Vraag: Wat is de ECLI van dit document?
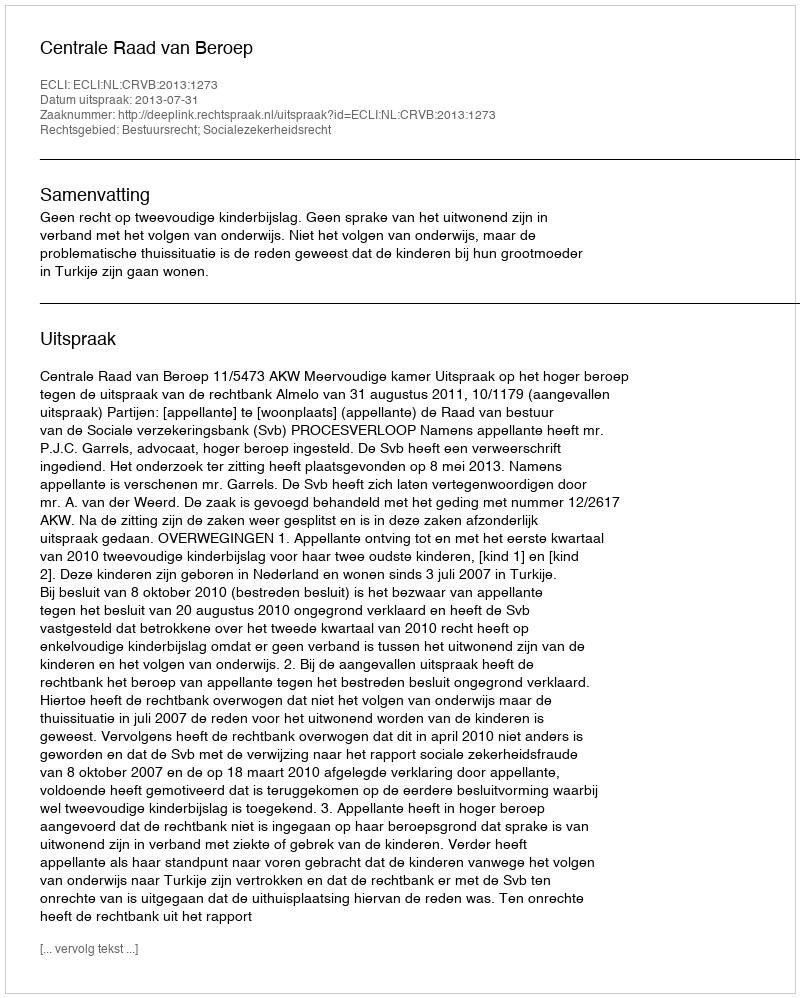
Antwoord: ECLI:NL:CRVB:2013:1273